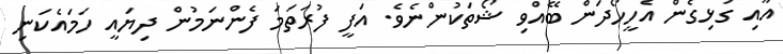
އާއި ގުޅިގެން އެހީހޯދަން ބޭއްވި ޝޯތަކުންނެވެ. އަފީ ފުރަތަމަ ފެންނަމުން ދިޔައީ ހަމައެކަނި